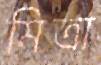
মিত্রা